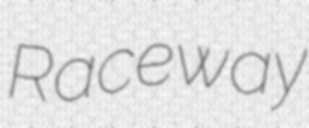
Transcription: Raceway